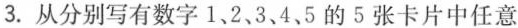
3.从分别写有数字1、2、3、4、5的5张卡片中任意